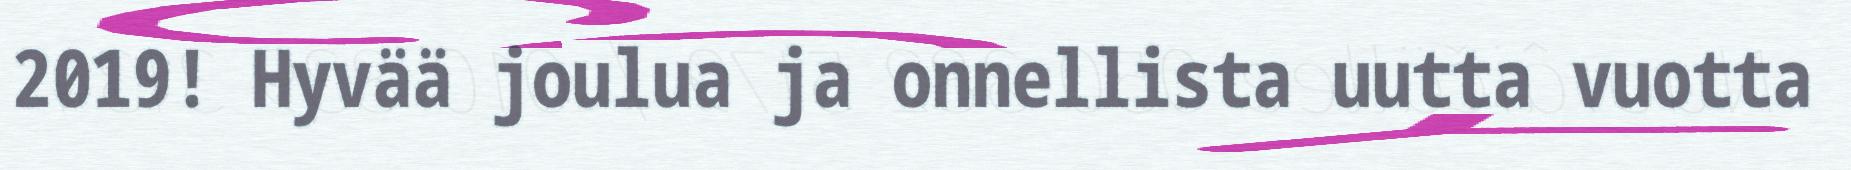
2019! Hyvää joulua ja onnellista uutta vuotta